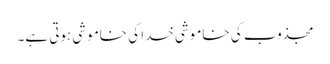
مجذوب کی خاموشی خدا کی خاموشی ہوتی ہے۔